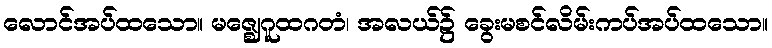
လောင်အပ်ထသော။ မဇ္ဈေဂူထဂတံ၊ အလယ်၌ ခွေးမစင်လိမ်းကပ်အပ်ထသော။